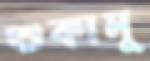
শুকামু